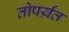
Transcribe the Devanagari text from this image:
तोपर्य़ंत